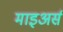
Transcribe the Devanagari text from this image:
माइअर्स